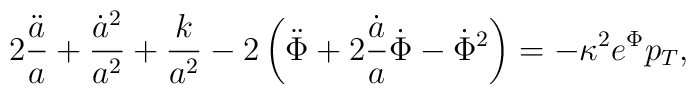
2\frac{\ddot a}{a}+\frac{\dot a^2}{a^2}+\frac{k}{a^2}-2\left(\ddot\Phi+2\frac{\dot a}{a}\dot\Phi-\dot\Phi^2\right) = -\kappa^2 e^\Phi p_{T},